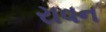
રાવન